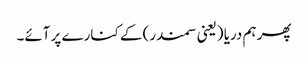
پھر ہم دریا (یعنی سمندر) کے کنارے پر آئے۔